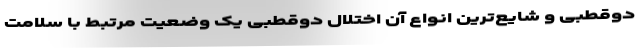
دوقطبی و شایع‌ترین انواع آن اختلال دوقطبی یک وضعیت مرتبط با سلامت